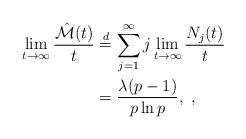
LaTeX: \begin{align*}\lim_{t\to\infty}\frac{\hat{\mathcal{M}}(t)}{t}&\stackrel{d}{=}\sum_{j=1}^{\infty}j\lim_{t\to\infty}\frac{N_{j}(t)}{t}\\&=\frac{\lambda(p-1)}{p\ln p},\ ,\end{align*}